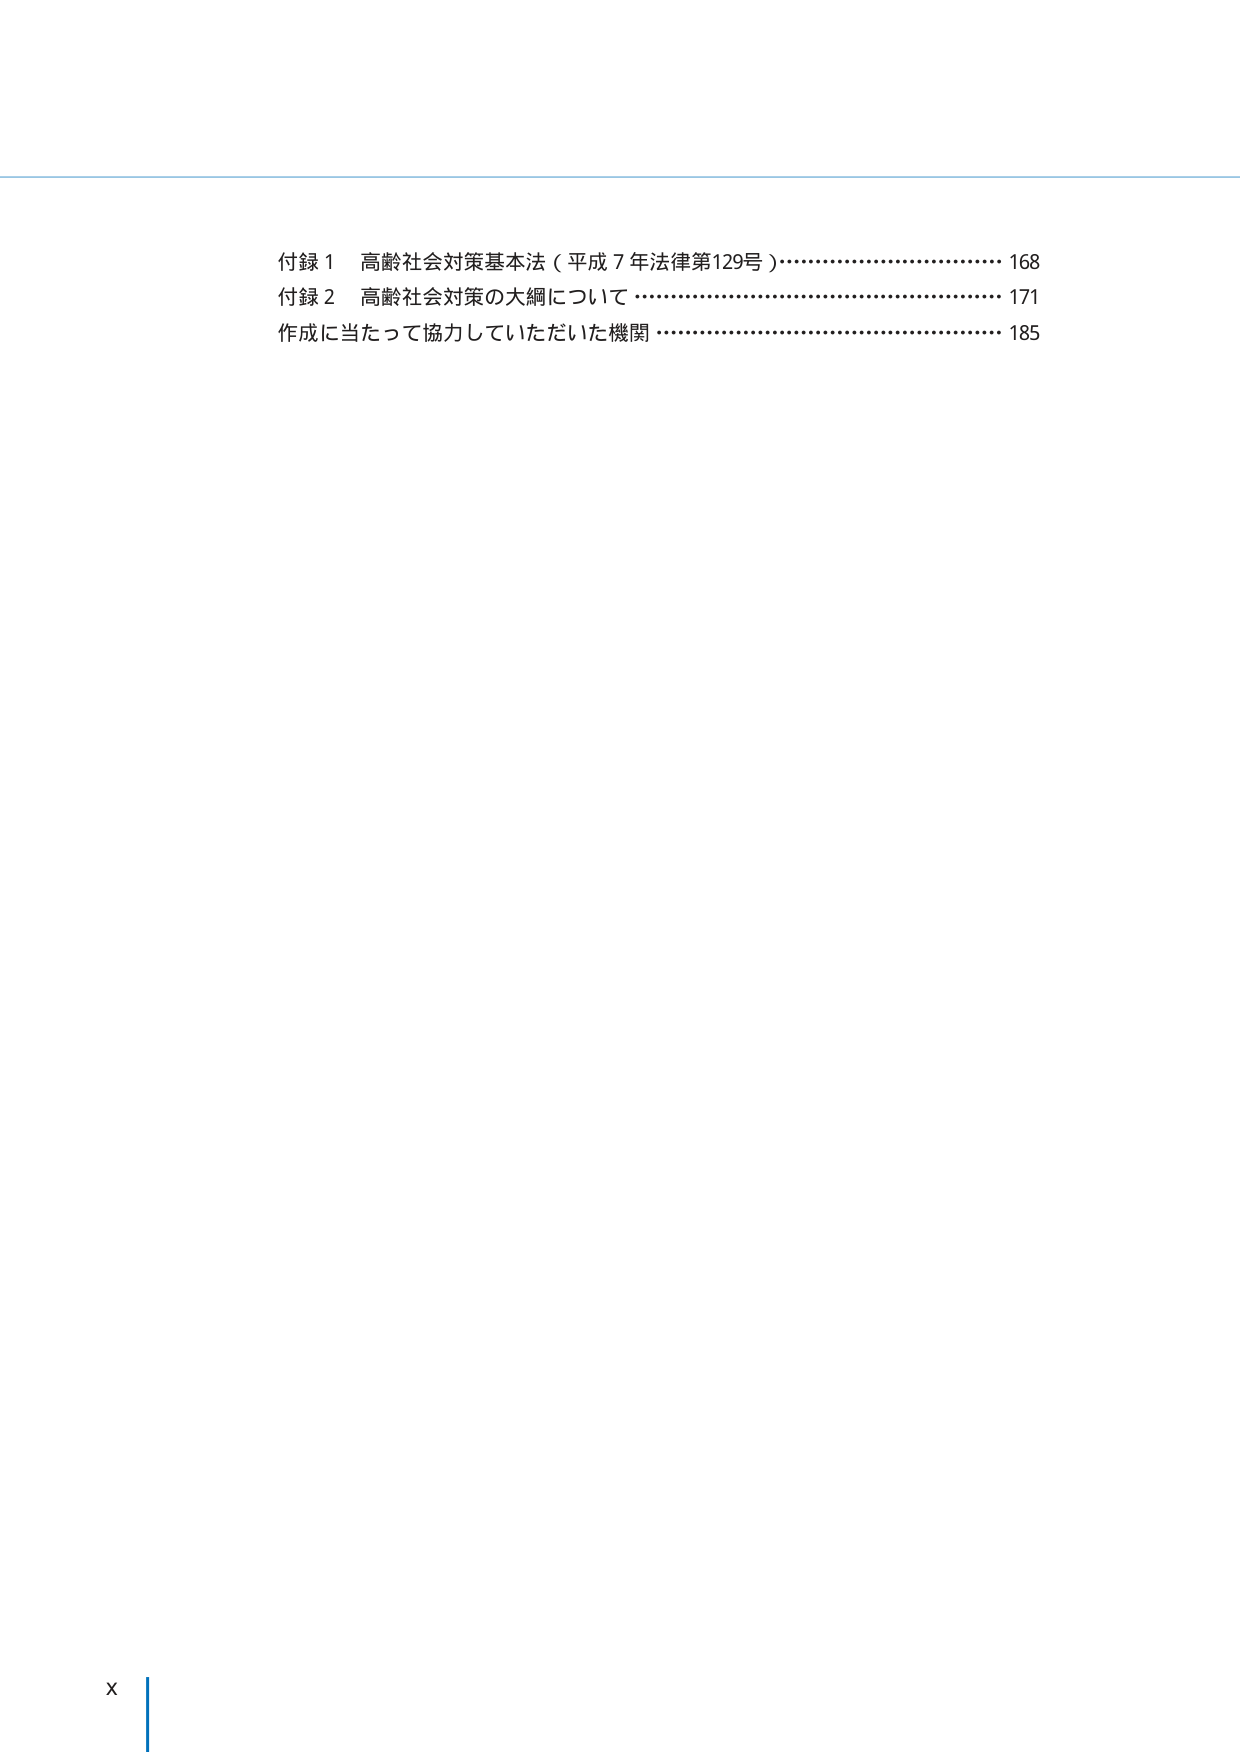
付録１ 高齢社会対策基本法（平成７年法律第129号）…………………………… 168
付録２ 高齢社会対策の大綱について…………………………………………… 171
作成に当たって協力していただいた機関………………………………………… 185

x